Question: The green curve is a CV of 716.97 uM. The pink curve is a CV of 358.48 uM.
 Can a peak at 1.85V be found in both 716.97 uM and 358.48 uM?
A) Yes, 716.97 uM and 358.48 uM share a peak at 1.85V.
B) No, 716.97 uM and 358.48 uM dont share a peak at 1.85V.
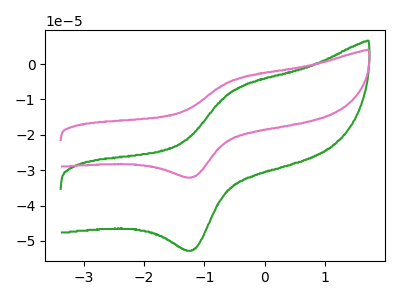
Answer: <think>The green curve "716.97 uM" has an anodic peak at (-0.50V, -7.45uA) and a cathodic peak at (-1.20V, -52.55uA). The pink curve "358.48 uM" has an anodic peak at (-0.50V, -4.50uA) and a cathodic peak at (-1.20V, -31.95uA).</think>
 <answer>B) No, "716.97 uM" and "358.48 uM" dont share a peak at 1.85V.</answer>
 <eval>B</eval>